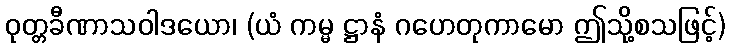
ဝုတ္တခီဏာသဝါဒယော၊ (ယံ ကမ္မ ဋ္ဌာနံ ဂဟေတုကာမော ဤသို့စသဖြင့်)